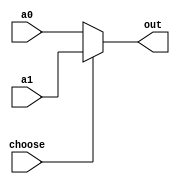
`timescale 1ns / 1ps
//////////////////////////////////////////////////////////////////////////////////
// Company: 
// Engineer: 
// 
// Design Name: 
// Module Name: MUX_32
// Project Name: 
// Target Devices: 
// Tool Versions: 
// Description: 
// 
// Dependencies: 
// 
// Revision:
// Revision 0.01 - File Created
// Additional Comments:
// 
//////////////////////////////////////////////////////////////////////////////////


module MUX_32(
    input   [31:0]a0,
    input   [31:0]a1,
    input   choose,
    output  [31:0]out
    );

    assign out = (choose==1'b0) ? a0 : a1;
endmodule